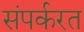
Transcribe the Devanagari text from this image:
संपर्करत